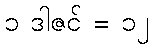
၁ ဒါဇင် = ၁၂